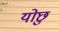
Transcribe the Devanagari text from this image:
योछु